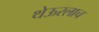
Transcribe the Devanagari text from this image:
थेऊरलाच